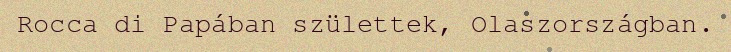
Rocca di Papában születtek, Olaszországban.